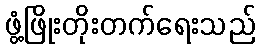
ဖွံ့ဖြိုးတိုးတက်ရေးသည်